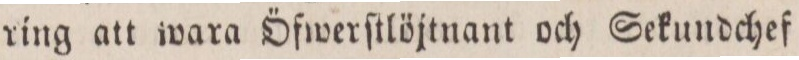
ring att wara Öfwerſtlöjtnant och Sekundchef